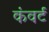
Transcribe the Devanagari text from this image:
कंवर्ट